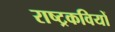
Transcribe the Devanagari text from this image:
राष्ट्रकवियों